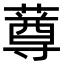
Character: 䔿